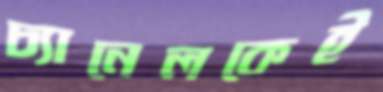
চ্যানেলকেই